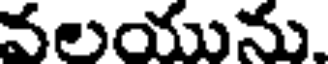
వలయును.